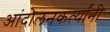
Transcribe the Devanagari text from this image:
आंदोलनकर्त्यांनी